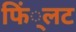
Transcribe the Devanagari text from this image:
फिं्लट